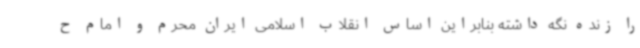
را زنده نگه داشته بنابراین اساس انقلاب اسلامی ایران محرم و امام ح